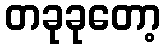
တခုခုတော့